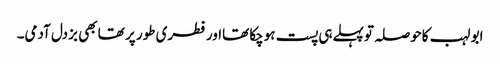
ابو لہب کاحوصلہ توپہلےہی پست ہوچکا تھااورفطری طور پر تھا بھی بزدل آدمی۔